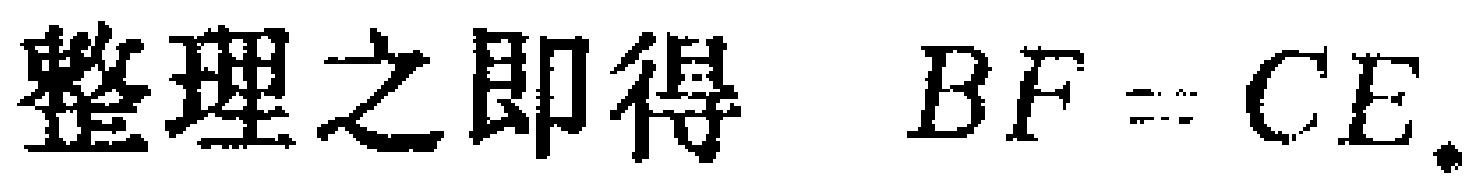
整理之即得 \(BF = CE\).